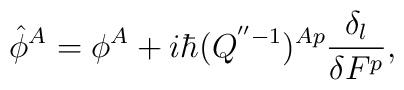
\hat{\phi}^A=\phi^A+i\hbar(Q^{''-1})^{Ap} \frac{\delta_l}{\delta F^p},